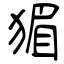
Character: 猸